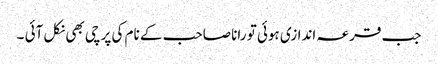
جب قرعہ اندازی ہوئی تو رانا صاحب کے نام کی پرچی بھی نکل آئی ۔